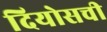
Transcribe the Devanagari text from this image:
दियोसची